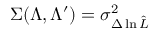
\Sigma ( \Lambda , \Lambda ^ { \prime } ) = \sigma _ { \Delta \ln \hat { \cal L } } ^ { 2 }